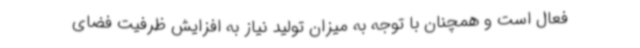
فعال است و همچنان با توجه به میزان تولید نیاز به افزایش ظرفیت فضای